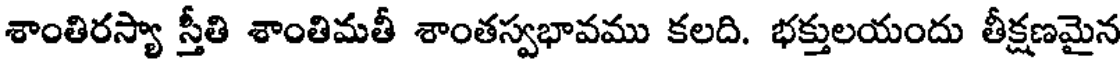
శాంతిరస్యా స్తీతి శాంతిమతీ శాంతస్వభావము కలది. భక్తులయందు తీక్షణమైన